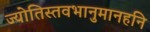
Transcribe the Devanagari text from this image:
ज्योतिस्तवभानुमानहनि